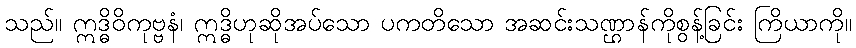
သည်။ ဣဒ္ဓိဝိကုဗ္ဗနံ၊ ဣဒ္ဓိဟုဆိုအပ်သော ပကတိသော အဆင်းသဏ္ဌာန်ကိုစွန့်ခြင်း ကြိယာကို။